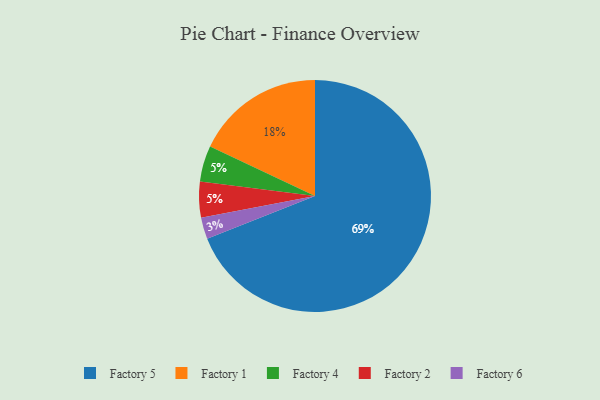
{"axis": {"x": "Category", "y": "Percentage"}, "legend": ["Factory 1", "Factory 2", "Factory 4", "Factory 5", "Factory 6"], "data": [{"x": "Factory 6", "y": 3, "type": "Factory 6"}, {"x": "Factory 4", "y": 5, "type": "Factory 4"}, {"x": "Factory 5", "y": 69, "type": "Factory 5"}, {"x": "Factory 1", "y": 18, "type": "Factory 1"}, {"x": "Factory 2", "y": 5, "type": "Factory 2"}]}